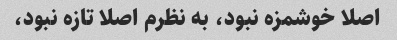
اصلا خوشمزه نبود، به نظرم اصلا تازه نبود،